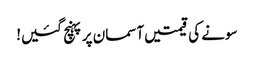
سونے کی قیمتیں آسمان پر پہنچ گئیں!